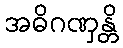
အဓိဂဏှန္တိ